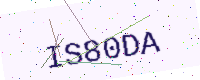
Text: IS80DA